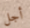
أجل